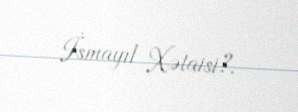
İsmayıl Xətaisi?.